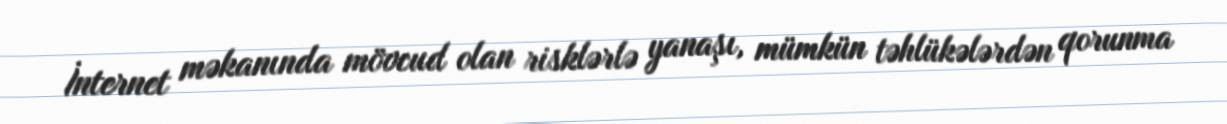
İnternet məkanında mövcud olan risklərlə yanaşı, mümkün təhlükələrdən qorunma